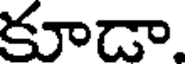
కూడా.